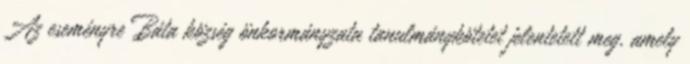
Az eseményre Báta község önkormányzata tanulmánykötetet jelentetett meg, amely